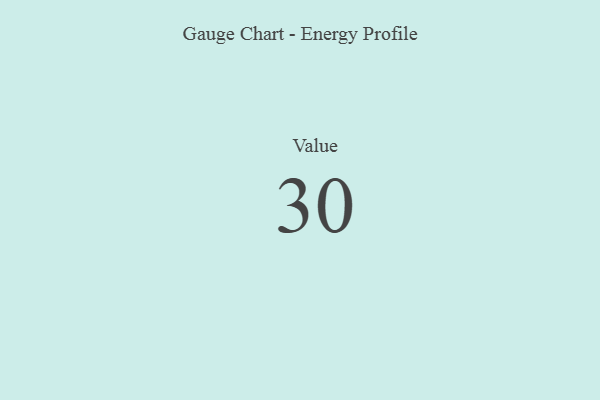
{"axis": {"x": "Metric", "y": "Value"}, "legend": [""], "data": [{"x": "Value", "y": 30, "type": ""}]}